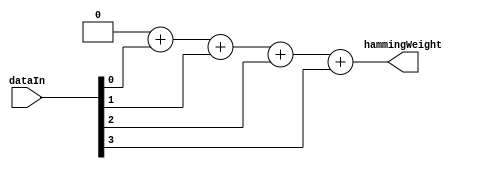
/*
Author: Sebastien Riou (acapola)
Creation date: 22:22:43 01/10/2011 

$LastChangedDate$
$LastChangedBy$
$LastChangedRevision$
$HeadURL$				 

This file is under the BSD licence:
Copyright (c) 2011, Sebastien Riou

All rights reserved.

Redistribution and use in source and binary forms, with or without modification, are permitted provided that the following conditions are met:

Redistributions of source code must retain the above copyright notice, this list of conditions and the following disclaimer. 
Redistributions in binary form must reproduce the above copyright notice, this list of conditions and the following disclaimer in the documentation and/or other materials provided with the distribution. 
The names of contributors may not be used to endorse or promote products derived from this software without specific prior written permission. 
THIS SOFTWARE IS PROVIDED BY THE COPYRIGHT HOLDERS AND CONTRIBUTORS
"AS IS" AND ANY EXPRESS OR IMPLIED WARRANTIES, INCLUDING, BUT NOT
LIMITED TO, THE IMPLIED WARRANTIES OF MERCHANTABILITY AND FITNESS FOR
A PARTICULAR PURPOSE ARE DISCLAIMED. IN NO EVENT SHALL THE COPYRIGHT OWNER OR
CONTRIBUTORS BE LIABLE FOR ANY DIRECT, INDIRECT, INCIDENTAL, SPECIAL,
EXEMPLARY, OR CONSEQUENTIAL DAMAGES (INCLUDING, BUT NOT LIMITED TO,
PROCUREMENT OF SUBSTITUTE GOODS OR SERVICES; LOSS OF USE, DATA, OR
PROFITS; OR BUSINESS INTERRUPTION) HOWEVER CAUSED AND ON ANY THEORY OF
LIABILITY, WHETHER IN CONTRACT, STRICT LIABILITY, OR TORT (INCLUDING
NEGLIGENCE OR OTHERWISE) ARISING IN ANY WAY OUT OF THE USE OF THIS
SOFTWARE, EVEN IF ADVISED OF THE POSSIBILITY OF SUCH DAMAGE.
*/
`default_nettype none

module HammingWeight(
	dataIn,
	hammingWeight
	);
parameter DATA_WIDTH=4;
parameter WEIGHT_WIDTH=2;

input wire [DATA_WIDTH-1:0] dataIn;
output reg [WEIGHT_WIDTH-1:0] hammingWeight;

always @(*) begin:hamminWeightBlock
	integer i;
	hammingWeight=0;
	for(i=0;i<DATA_WIDTH;i=i+1) begin
		hammingWeight=hammingWeight + dataIn[i];
	end
end
endmodule
`default_nettype wire